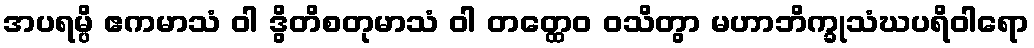
အပရမ္ပိ ဧကမာသံ ဝါ ဒွိတိစတုမာသံ ဝါ တတ္ထေဝ ဝသိတွာ မဟာဘိက္ခုသံဃပရိဝါရော